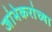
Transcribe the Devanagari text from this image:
जांभेकरांच्या